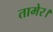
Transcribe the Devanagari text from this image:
तामेर।